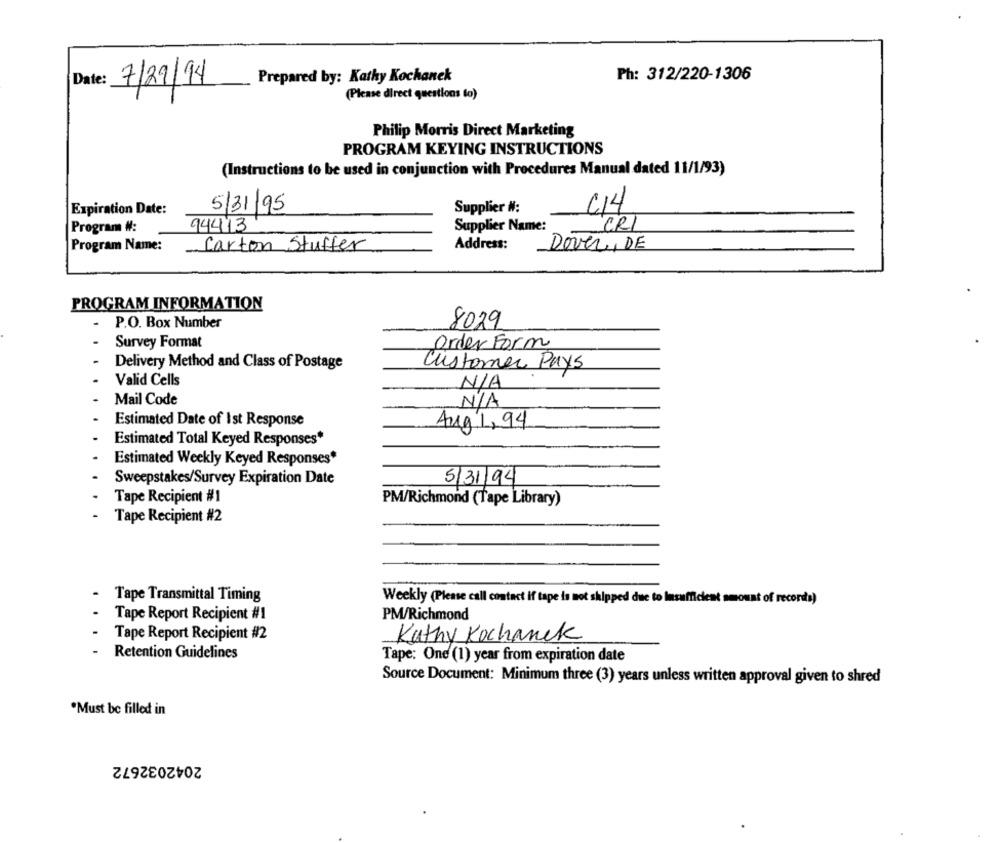
Ph: 312/220-1306
Date:
7/29/14
Prepared by: Kathy Kochanek
(Please direct questions to)
Philip Morris Direct Marketing
PROGRAM KEYING INSTRUCTIONS
(Instructions to be used in conjunction with Procedures Manual dated 11/1/93)
Expiration Date:
5/31/95
Supplier #:
414
Program #:
94413
Supplier Name:
CRI
Address:
Dover, DE
Program Name:
Carton Stuffer
PROGRAM INFORMATION
- P.O. Box Number
8029
Survey Format
Order Form
Delivery Method and Class of Postage
Customer Pays
Valid Cells
Mail Code
Estimated Date of Ist Response
Aug 1,94
Estimated Total Keyed Responses*
Estimated Weekly Keyed Responses*
Sweepstakes/Survey Expiration Date
5/31/94
Tape Recipient #1
PM/Richmond (Tape Library)
Tape Recipient #2
Tape Transmittal Timing
Weekly (Please call contact if tape is not shipped due to Insufficient amount of records)
Tape Report Recipient #1
PM/Richmond
Tape Report Recipient #2
Kathy Kochanek
Retention Guidelines
Tape: One (1) year from expiration date
Source Document: Minimum three (3) years unless written approval given to shred
·Must be filled in
2042032672